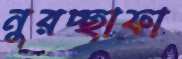
নুরচ্ছাফা